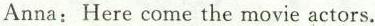
Anna:Here come the movie actors.